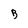
Character: B